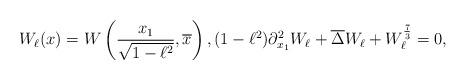
LaTeX: \begin{align*}W_{\ell }(x) = W\left(\frac {x_1}{\sqrt{1-\ell^2}}, \overline x\right),(1-\ell^2) \partial_{x_1}^2 W_{\ell} + \overline \Delta W_{\ell} + W_\ell^{\frac 73}=0,\end{align*}